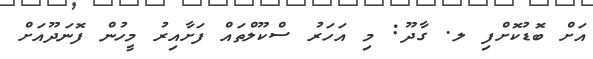
އަށް ބޮޑުކޮށްފި ލ. ގާދޫ: މި އަހަރު ސްކޫލްތައް ފަށާއިރު މީހުން ފޮނަދޫއަށް